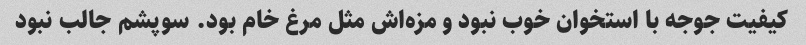
کیفیت جوجه با استخوان خوب نبود و مزه‌اش مثل مرغ خام بود. سوپشم جالب نبود